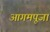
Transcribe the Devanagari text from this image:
आगमपूजा